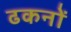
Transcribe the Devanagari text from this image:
ढकनों